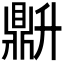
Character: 𬹦